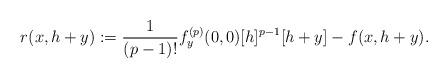
LaTeX: \begin{align*} r(x,h+y):=\frac{1}{(p-1)!}f_y^{(p)}(0,0)[h]^{p-1}[h+y]-f(x,h+y). \end{align*}